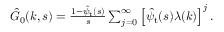
\begin{array} { r } { \hat { G } _ { 0 } ( k , s ) = \frac { 1 - \hat { \psi } _ { \mathrm { t } } ( s ) } { s } \sum _ { j = 0 } ^ { \infty } \left[ \hat { \psi } _ { \mathrm { t } } ( s ) \lambda ( k ) \right] ^ { j } . } \end{array}